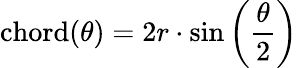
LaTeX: \operatorname{chord}(\theta)=2r\cdot\sin\left({\frac{\theta}{2}}\right)